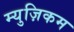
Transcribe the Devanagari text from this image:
म्युज़िकम